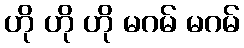
ဟို ဟို ဟို မဂမ် မဂမ်